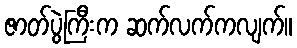
ဇာတ်ပွဲကြီးက ဆက်လက်ကလျက်။